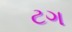
ટગ